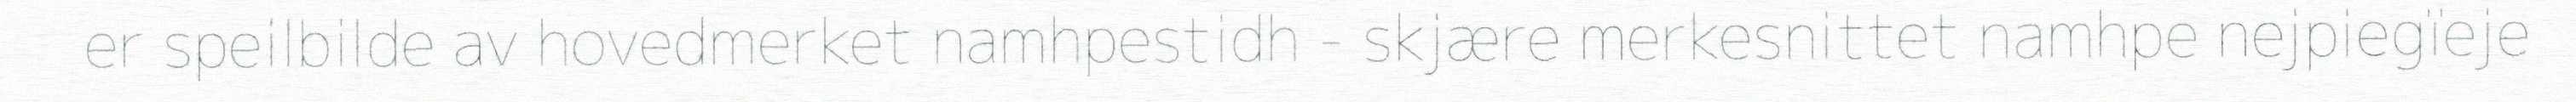
er speilbilde av hovedmerket namhpestidh - skjære merkesnittet namhpe nejpiegïeje